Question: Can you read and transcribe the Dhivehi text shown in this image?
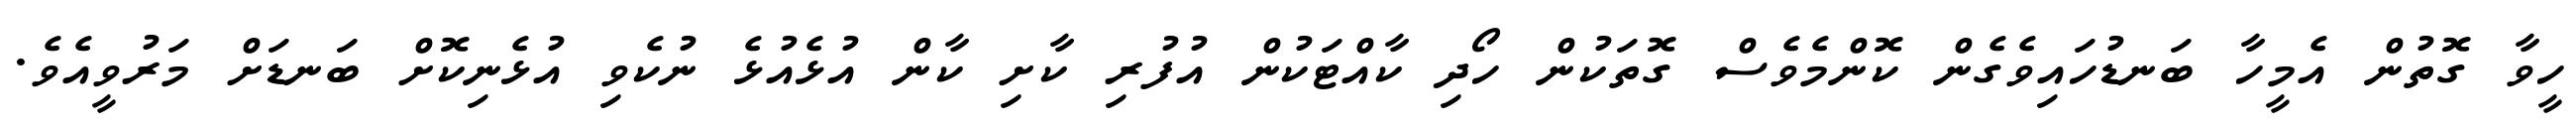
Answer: ހީވާ ގޮތުން އެމީހާ ބަނޑުހައިވެގެން ކޮންމެވެސް ގޮތަކުން ހޯދި ކާއްޓަކުން އުފުރި ކާށި ކާން އުޅެއުޅެ ނުކެވި އުޅެނިކޮށް ބަނޑަށް މަރުވީއެވެ.